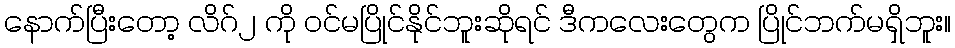
နောက်ပြီးတော့ လိဂ်၂ ကို ဝင်မပြိုင်နိုင်ဘူးဆိုရင် ဒီကလေးတွေက ပြိုင်ဘက်မရှိဘူး။